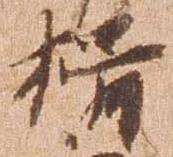
揖